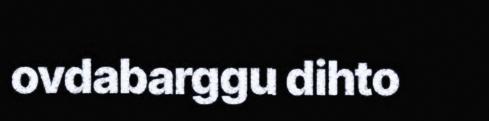
ovdabarggu dihto